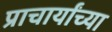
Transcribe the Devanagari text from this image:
प्राचार्यांच्या